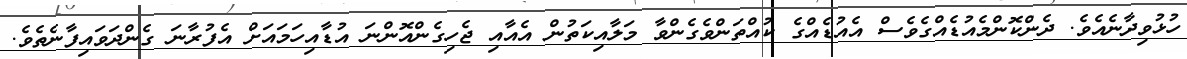
ހުޅުވިދާނެއެވެ. ދެންކޮންމެއުޑެއްގެވެސް އެއުޑެއްގެ ކުއްތަންވެގެންވާ މަލާއިކަތުން އެއާއި ޖެހިގެންއޮންނަ އުޑާއިހަމައަށް އެފުރާނަ ގެންދަވައިފާނެތެވެ.